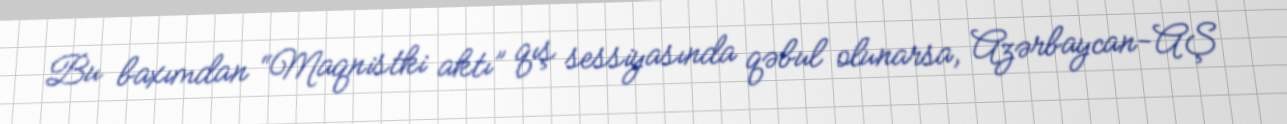
Bu baxımdan “Maqnistki aktı” qış sessiyasında qəbul olunarsa, Azərbaycan-AŞ